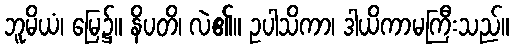
ဘူမိယံ၊ မြေ၌။ နိပတိ၊ လဲ၏။ ဥပါသိကာ၊ ဒါယိကာမကြီးသည်။